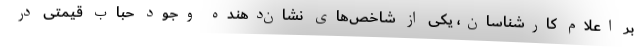
بر اعلام کارشناسان، یکی از شاخص‌های نشان‌دهنده وجود حباب قیمتی در